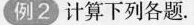
例2 计算下列各题.